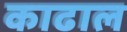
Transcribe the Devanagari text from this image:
काढाल